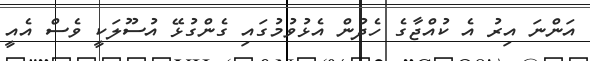
އަންނަ އިރު އެ ކުއްޖާގެ ހެދުން އެޅުވުމުގައި ގެންގުޅޭ އުސޫލަކީ ވެސް އެއީ